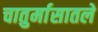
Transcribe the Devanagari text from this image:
चातुर्मासातले